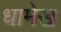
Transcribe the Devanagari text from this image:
धामेख